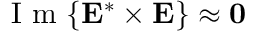
\textrm { I m } \{ \mathbf { E ^ { * } \times E } \} \approx \mathbf { 0 }